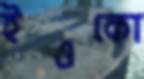
ইওকো